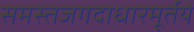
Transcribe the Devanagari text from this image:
समस्तजगदाधारमूर्तये